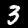
Label: 3